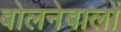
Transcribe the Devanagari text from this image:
बोलनेबालों